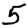
Digit: 5